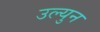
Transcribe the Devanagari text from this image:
उल्युन